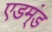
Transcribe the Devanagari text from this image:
एडम्ंड